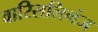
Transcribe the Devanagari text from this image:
वारिसलिगंज